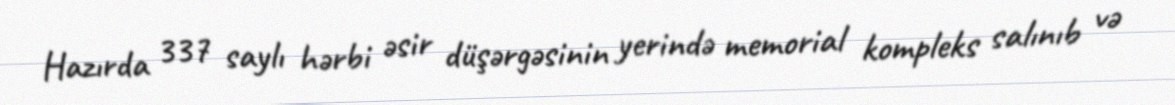
Hazırda 337 saylı hərbi əsir düşərgəsinin yerində memorial kompleks salınıb və